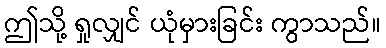
ဤသို့ ရှုလျှင် ယုံမှားခြင်း ကွာသည်။